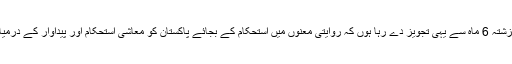
پاکستان کے تناظر میں گزشتہ 6 ماہ سے یہی تجویز دے رہا ہوں کہ روایتی معنوں میں استحکام کے بجائے پاکستان کو معاشی استحکام اور پیداوار کے درمیان توازن قائم کرنا چاہئے۔